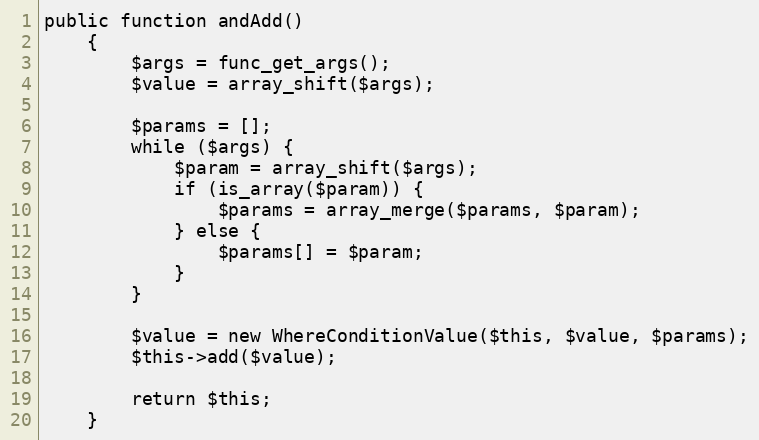
Language: PHP
public function andAdd()
    {
        $args = func_get_args();
        $value = array_shift($args);

        $params = [];
        while ($args) {
            $param = array_shift($args);
            if (is_array($param)) {
                $params = array_merge($params, $param);
            } else {
                $params[] = $param;
            }
        }

        $value = new WhereConditionValue($this, $value, $params);
        $this->add($value);

        return $this;
    }